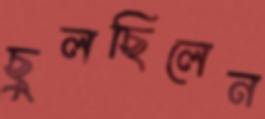
ছুলছিলেন